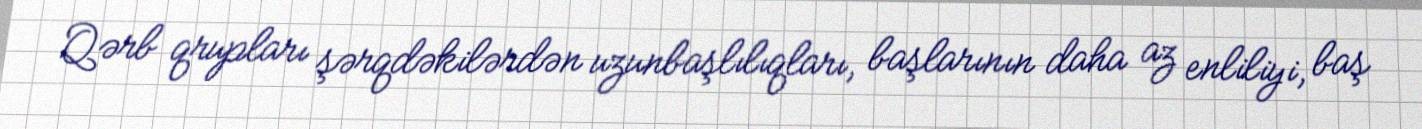
Qərb qrupları şərqdəkilərdən uzunbaşlılıqları, başlarının daha az enliliyi, baş